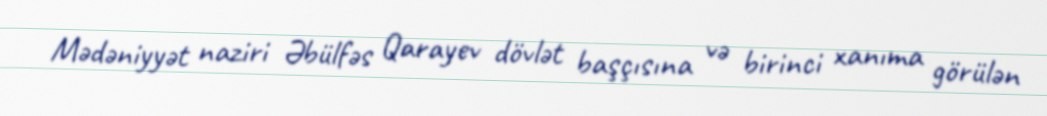
Mədəniyyət naziri Əbülfəs Qarayev dövlət başçısına və birinci xanıma görülən